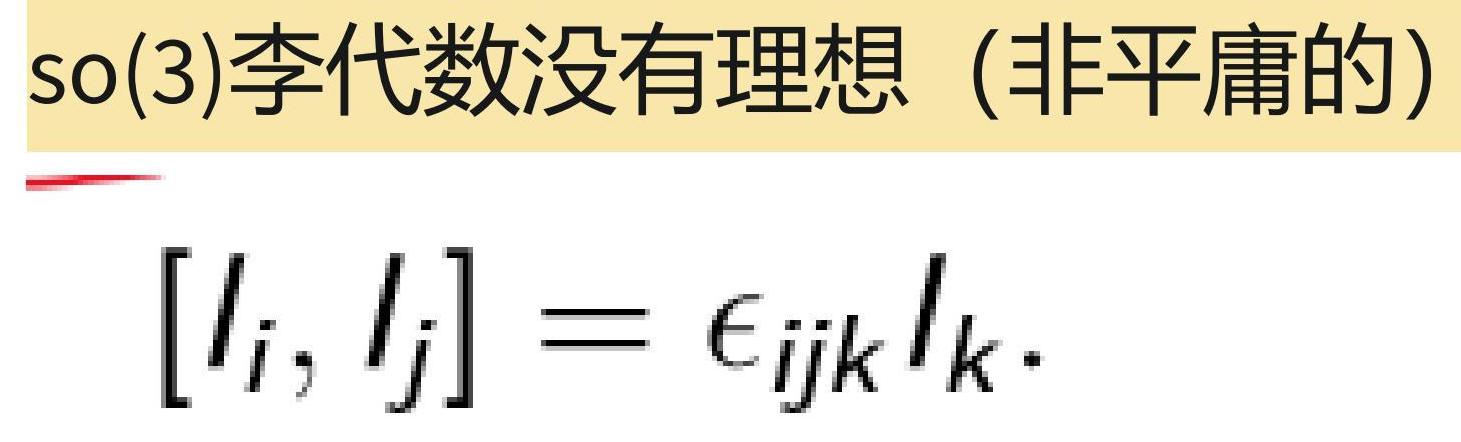
$\mathfrak{so}(3)$李代数没有理想（非平庸的）

$[l_i, l_j] = \epsilon_{ijk} l_k.$